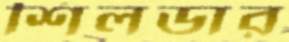
শিলডার